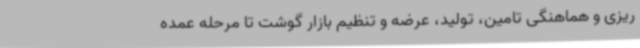
ریزی و هماهنگی تامین، تولید، عرضه و تنظیم بازار گوشت تا مرحله عمده